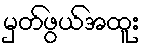
မှတ်ဖွယ်အထူး